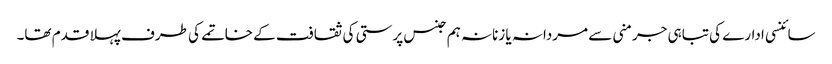
سائنسی ادارے کی تباہی جرمنی سے مردانہ یا زنانہ ہم جنس پرستی کی ثقافت کے خاتمے کی طرف پہلا قدم تھا۔